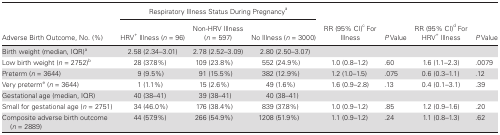
<table><thead><tr><td></td><td colspan="3"><b>Respiratory Illness Status During Pregnancy<sup>a</sup></b></td><td></td><td></td><td></td><td></td></tr><tr><td><b>Adverse Birth Outcome, No. (%)</b></td><td><b>HRV<sup>+</sup> Illness (<i>n</i> = 96)</b></td><td><b>Non-HRV Illness (<i>n</i> = 597)</b></td><td><b>No Illness (<i>n</i> = 3000)</b></td><td><b>RR (95% CI)<sup>c</sup> For Illness</b></td><td><b><i>P</i> Value</b></td><td><b>RR (95% CI)<sup>d</sup> For HRV<sup>+</sup> Illness</b></td><td><b><i>P</i> Value</b></td></tr></thead><tbody><tr><td>Birth weight (median, IQR)<sup>a</sup></td><td>2.58 (2.34–3.01)</td><td>2.78 (2.52–3.09)</td><td>2.80 (2.50–3.07)</td><td></td><td></td><td></td><td></td></tr><tr><td>Low birth weight (<i>n</i> = 2752)<sup>b</sup></td><td>28 (37.8%)</td><td>109 (23.8%)</td><td>552 (24.9%)</td><td>1.0 (0.8–1.2)</td><td>.60</td><td>1.6 (1.1–2.3)</td><td>.0079</td></tr><tr><td>Preterm (<i>n</i> = 3644)</td><td>9 (9.5%)</td><td>91 (15.5%)</td><td>382 (12.9%)</td><td>1.2 (1.0–1.5)</td><td>.075</td><td>0.6 (0.3–1.1)</td><td>.12</td></tr><tr><td>Very preterm<sup>e</sup> (<i>n</i> = 3644)</td><td>1 (1.1%)</td><td>15 (2.6%)</td><td>49 (1.6%)</td><td>1.6 (0.9–2.8)</td><td>.13</td><td>0.4 (0.1–3.1)</td><td>.39</td></tr><tr><td>Gestational age (median, IQR)</td><td>40 (38–41)</td><td>39 (38–41)</td><td>40 (38–41)</td><td></td><td></td><td></td><td></td></tr><tr><td>Small for gestational age (<i>n</i> = 2751)</td><td>34 (46.0%)</td><td>176 (38.4%)</td><td>839 (37.8%)</td><td>1.0 (0.9–1.2)</td><td>.85</td><td>1.2 (0.9–1.6)</td><td>.20</td></tr><tr><td>Composite adverse birth outcome (<i>n</i> = 2889)</td><td>44 (57.9%)</td><td>266 (54.9%)</td><td>1208 (51.9%)</td><td>1.1 (0.9–1.2)</td><td>.24</td><td>1.1 (0.8–1.3)</td><td>.62</td></tr></tbody></table>